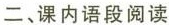
二、课内语段阅读